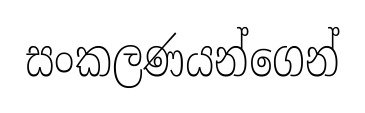
සංකලණයන්ගෙන්